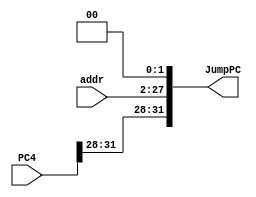
module jumpPC(
	input [31:0] PC4,
	input [25:0] addr,
	output reg [31:0] JumpPC
);
	initial JumpPC<=0;
	always@(addr or PC4) begin
		JumpPC[1:0]=2'b00;
		JumpPC[27:2]=addr[25:0];
		JumpPC[31:28]=PC4[31:28];
	end
endmodule